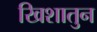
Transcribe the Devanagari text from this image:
खिशातुन